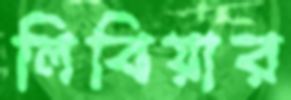
লিবিয়ার